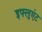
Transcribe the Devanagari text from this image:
इफ्लुएंट